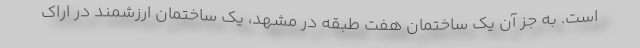
است. به جز آن یک ساختمان هفت طبقه در مشهد، یک ساختمان ارزشمند در اراک